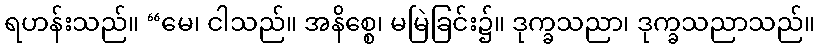
ရဟန်းသည်။ “မေ၊ ငါသည်။ အနိစ္စေ၊ မမြဲခြင်း၌။ ဒုက္ခသညာ၊ ဒုက္ခသညာသည်။